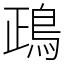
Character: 鴊